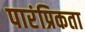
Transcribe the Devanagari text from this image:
पारंप्रिकता